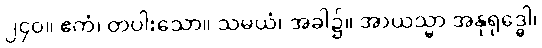
၂၄၀။ ဧကံ၊ တပါးသော။ သမယံ၊ အခါ၌။ အာယသ္မာ အနုရုဒ္ဓေါ၊